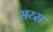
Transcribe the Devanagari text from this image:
सय्स